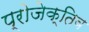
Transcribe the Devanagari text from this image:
प्रोजेक्तिव